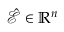
\hat { \mathcal E } \in \mathbb { R } ^ { n }